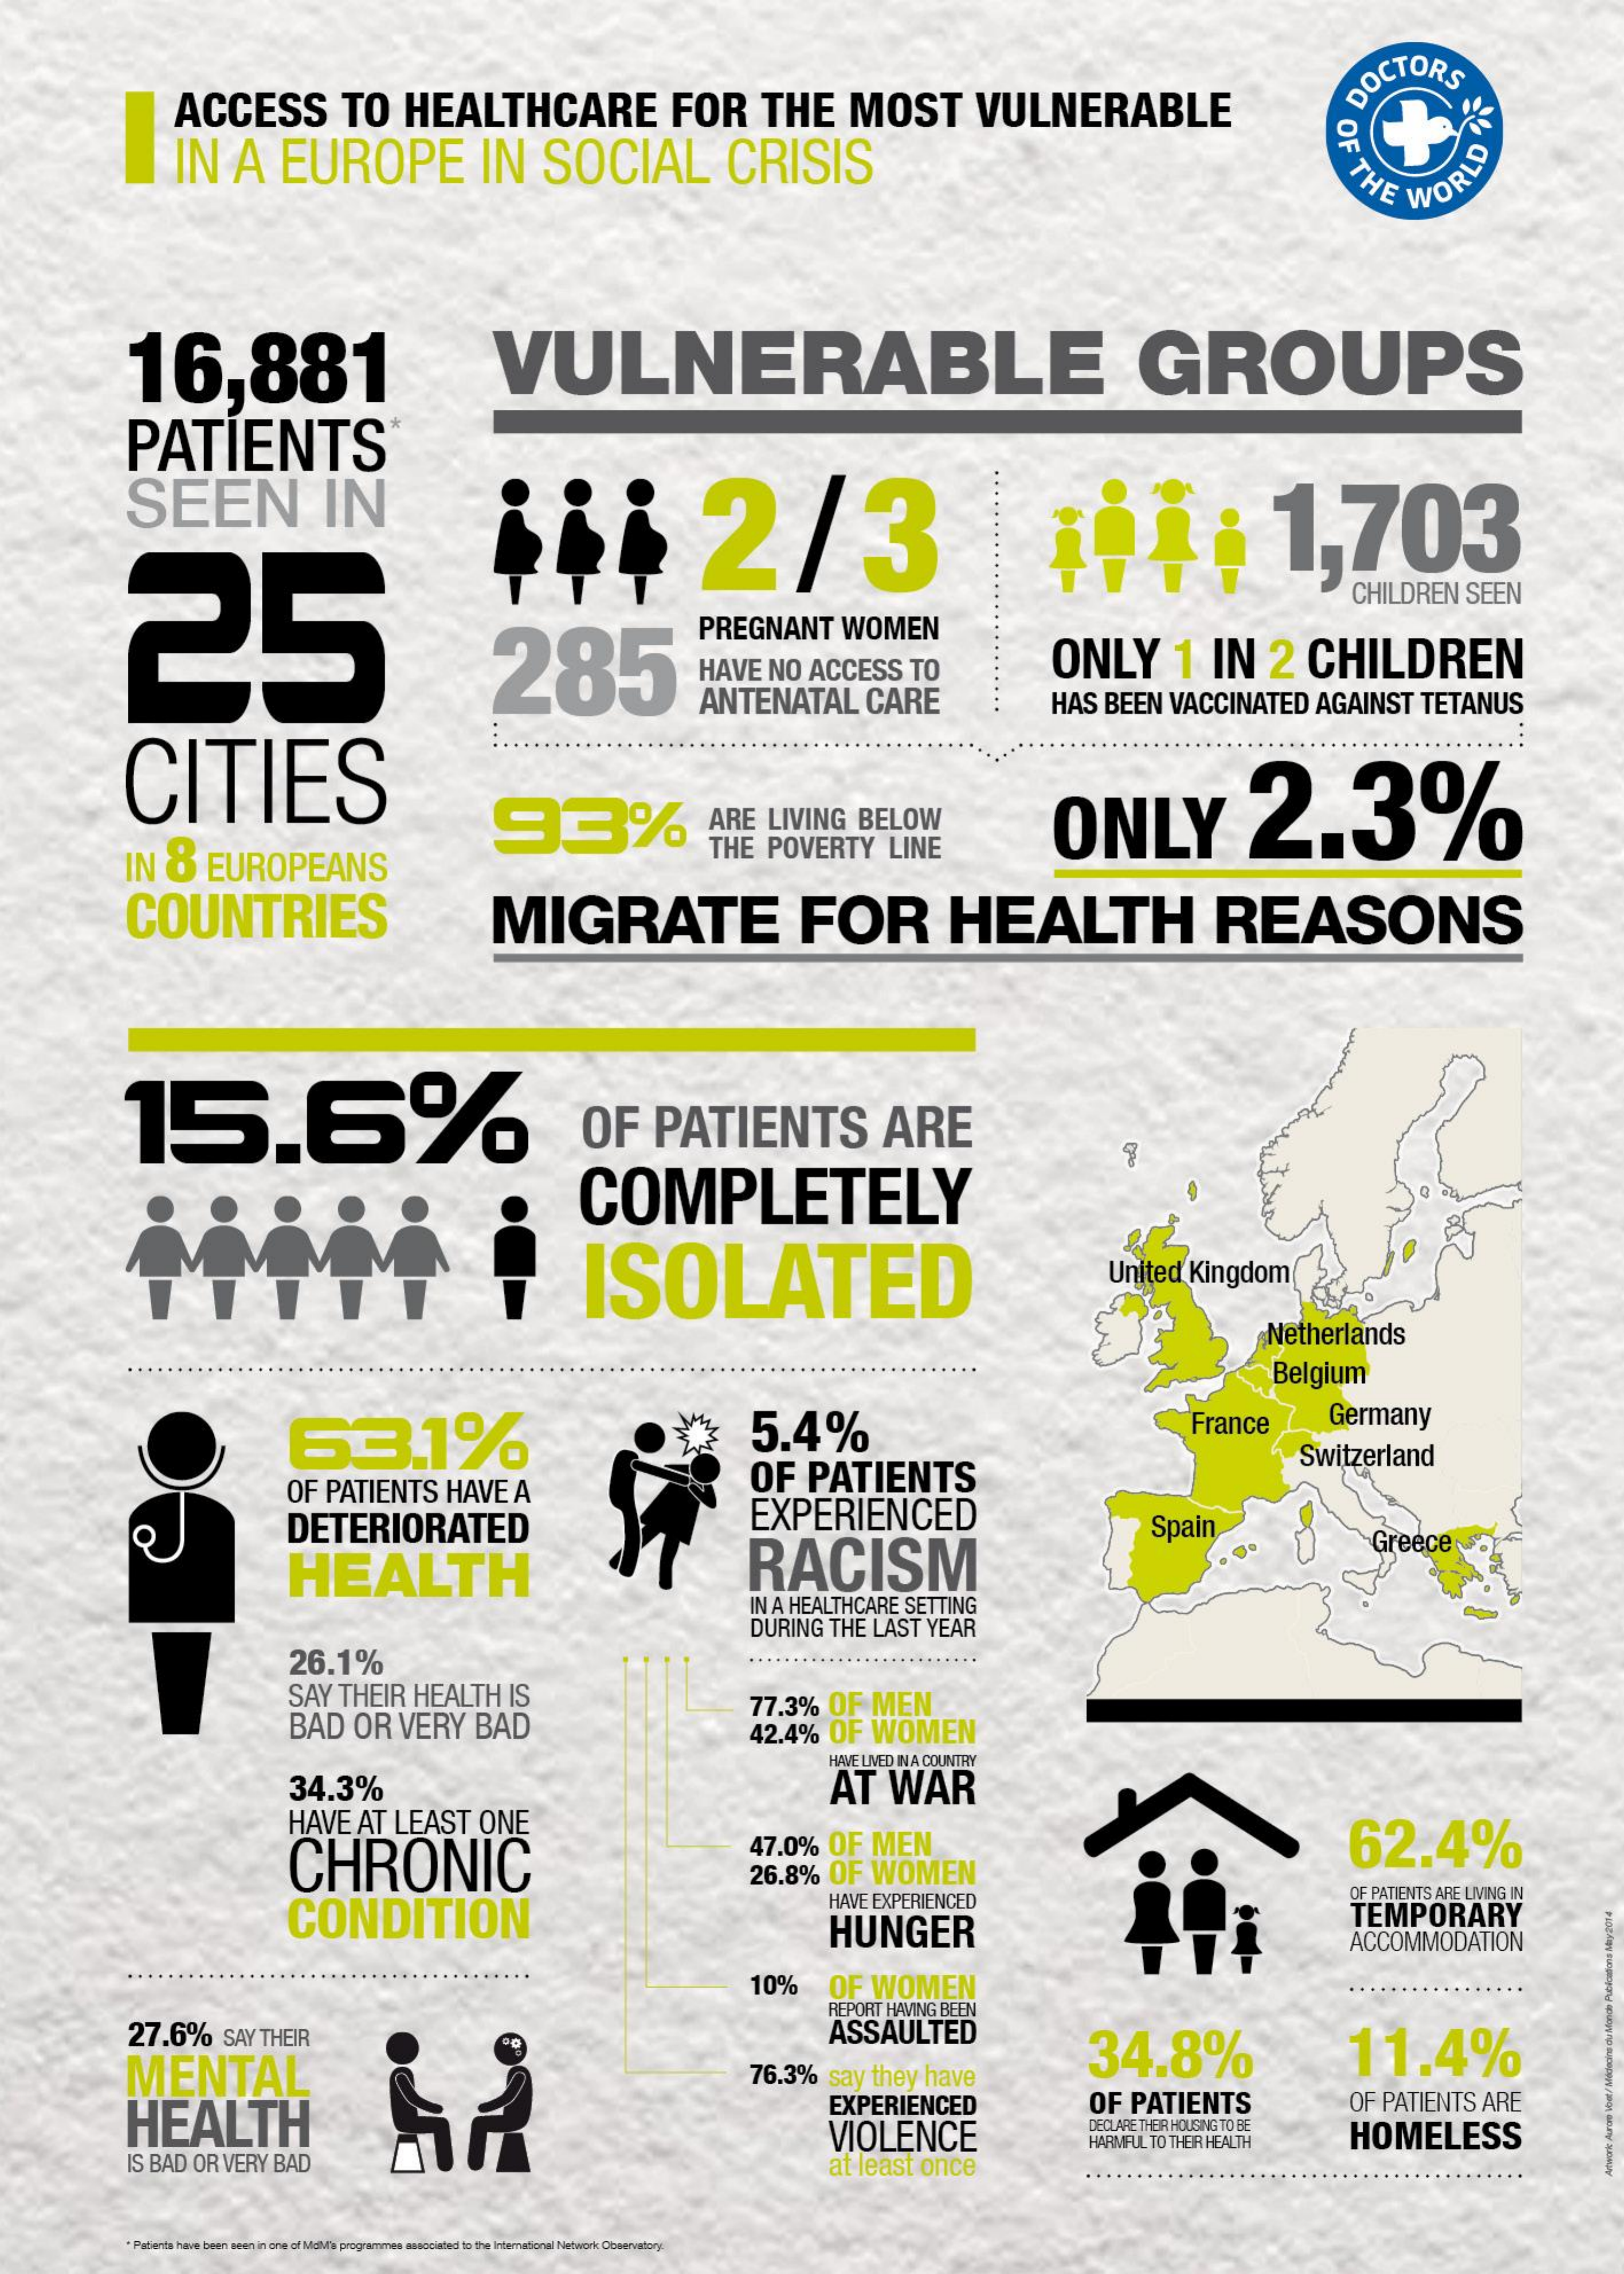
ACCESS    TO    HEALTHCARE    FOR    THE    MOST    VULNERABLE
     OCTORS
     IN    A    EUROPE    IN    SOCIAL    CRISIS    WORLD
     DET
     16,881    VULNERABLE    GROUPS
     PATIENTS
     SEEN    IN
     25
     iii    2/3    1,703
     PREGNANT    WOMEN
     CHILDREN    SEEN
     285    HAVE    NO    ACCESS    TO    ONLY    1    IN    2    CHILDREN
     ANTENATAL    CARE    HAS    BEEN    VACCINATED    AGAINST    TETANUS
     CITIES    ONLY    2.3%
     IN    8    EUROPEANS
     93%    ARE    LIVING    BELOW
     THE    POVERTY    LINE
     COUNTRIES    MIGRATE    FOR    HEALTH    REASONS
     15.6%    OF    PATIENTS    ARE
     COMPLETELY
     ISOLATED    United    Kingdom
     Netherlands
     Belgium
     63.1%    5.4%    France    Germany
     OF    PATIENTS
     Switzerland
     OF    PATIENTS    HAVE    A
     DETERIORATED    EXPERIENCED
     HEALTH    RACISM
     Spain
     Greece
     IN A  HEALTHCARE    SETTING
     DURING    THE   LAST    YEAR
     26.1%
     SAY    THEIR    HEALTH    IS
     BAD    OR    VERY    BAD
     77.3%    OF    MEN
     42.4%    OF    WOMEN
     HWE  LIVED IN A COUNTRY
     34.3%    AT    WAR
     HAVE    AT   LEAST    ONE
     CHRONIC
     47.0%    OF    MEN    62.4%
     26.8%    OF    WOMEN
     CONDITION
     HAVE    EXPERIENCED
     OF  PATIENTS  ARE  LIVING  IN
     HUNGER
     TEMPORARY
     ACCOMMODATION
     10%    OF    WOMEN
     27.6%    SAY   THEIR
     REPORT   HAVING   BEEN
     ASSAULTED
     MENTAL    34.8%    11.4%
     76.3%    say    they    have
     HEALTH
     EXPERIENCED    OF    PATIENTS    OF  PATIENTS    ARE
     VIOLENCE
     DECLARE THEIR HOUSING TO BE
     HOMELESS
     IS BAD   OR    VERY    BAD    at  least    once
     HARMFUL  TO THEIR HEALTH
     "Patents have been seen in one of MidMi's programmes associated to the international Network Obawvirtory